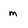
Character: m